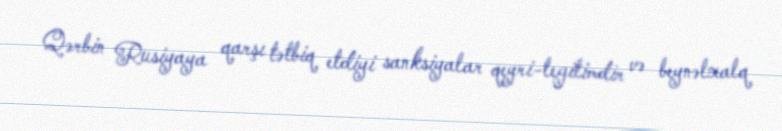
Qərbin Rusiyaya qarşı tətbiq etdiyi sanksiyalar qeyri-legitimdir və beynəlxalq